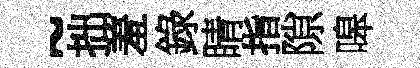
~拙羞錄睛指隙嗥